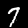
Digit: 7